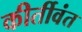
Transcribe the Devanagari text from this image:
कीर्तीवंत